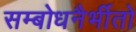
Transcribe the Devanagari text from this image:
सम्बोधनैर्भीतो